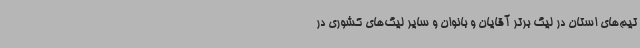
تیم‌های استان در لیگ برتر آقایان و بانوان و سایر لیگ‌های کشوری در